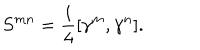
LaTeX: { S ^ { m n } } = { \frac { i } { 4 } } [ \gamma ^ { m } , \gamma ^ { n } ] .